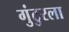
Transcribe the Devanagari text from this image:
गुंटुरला